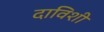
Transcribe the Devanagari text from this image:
दाविशी